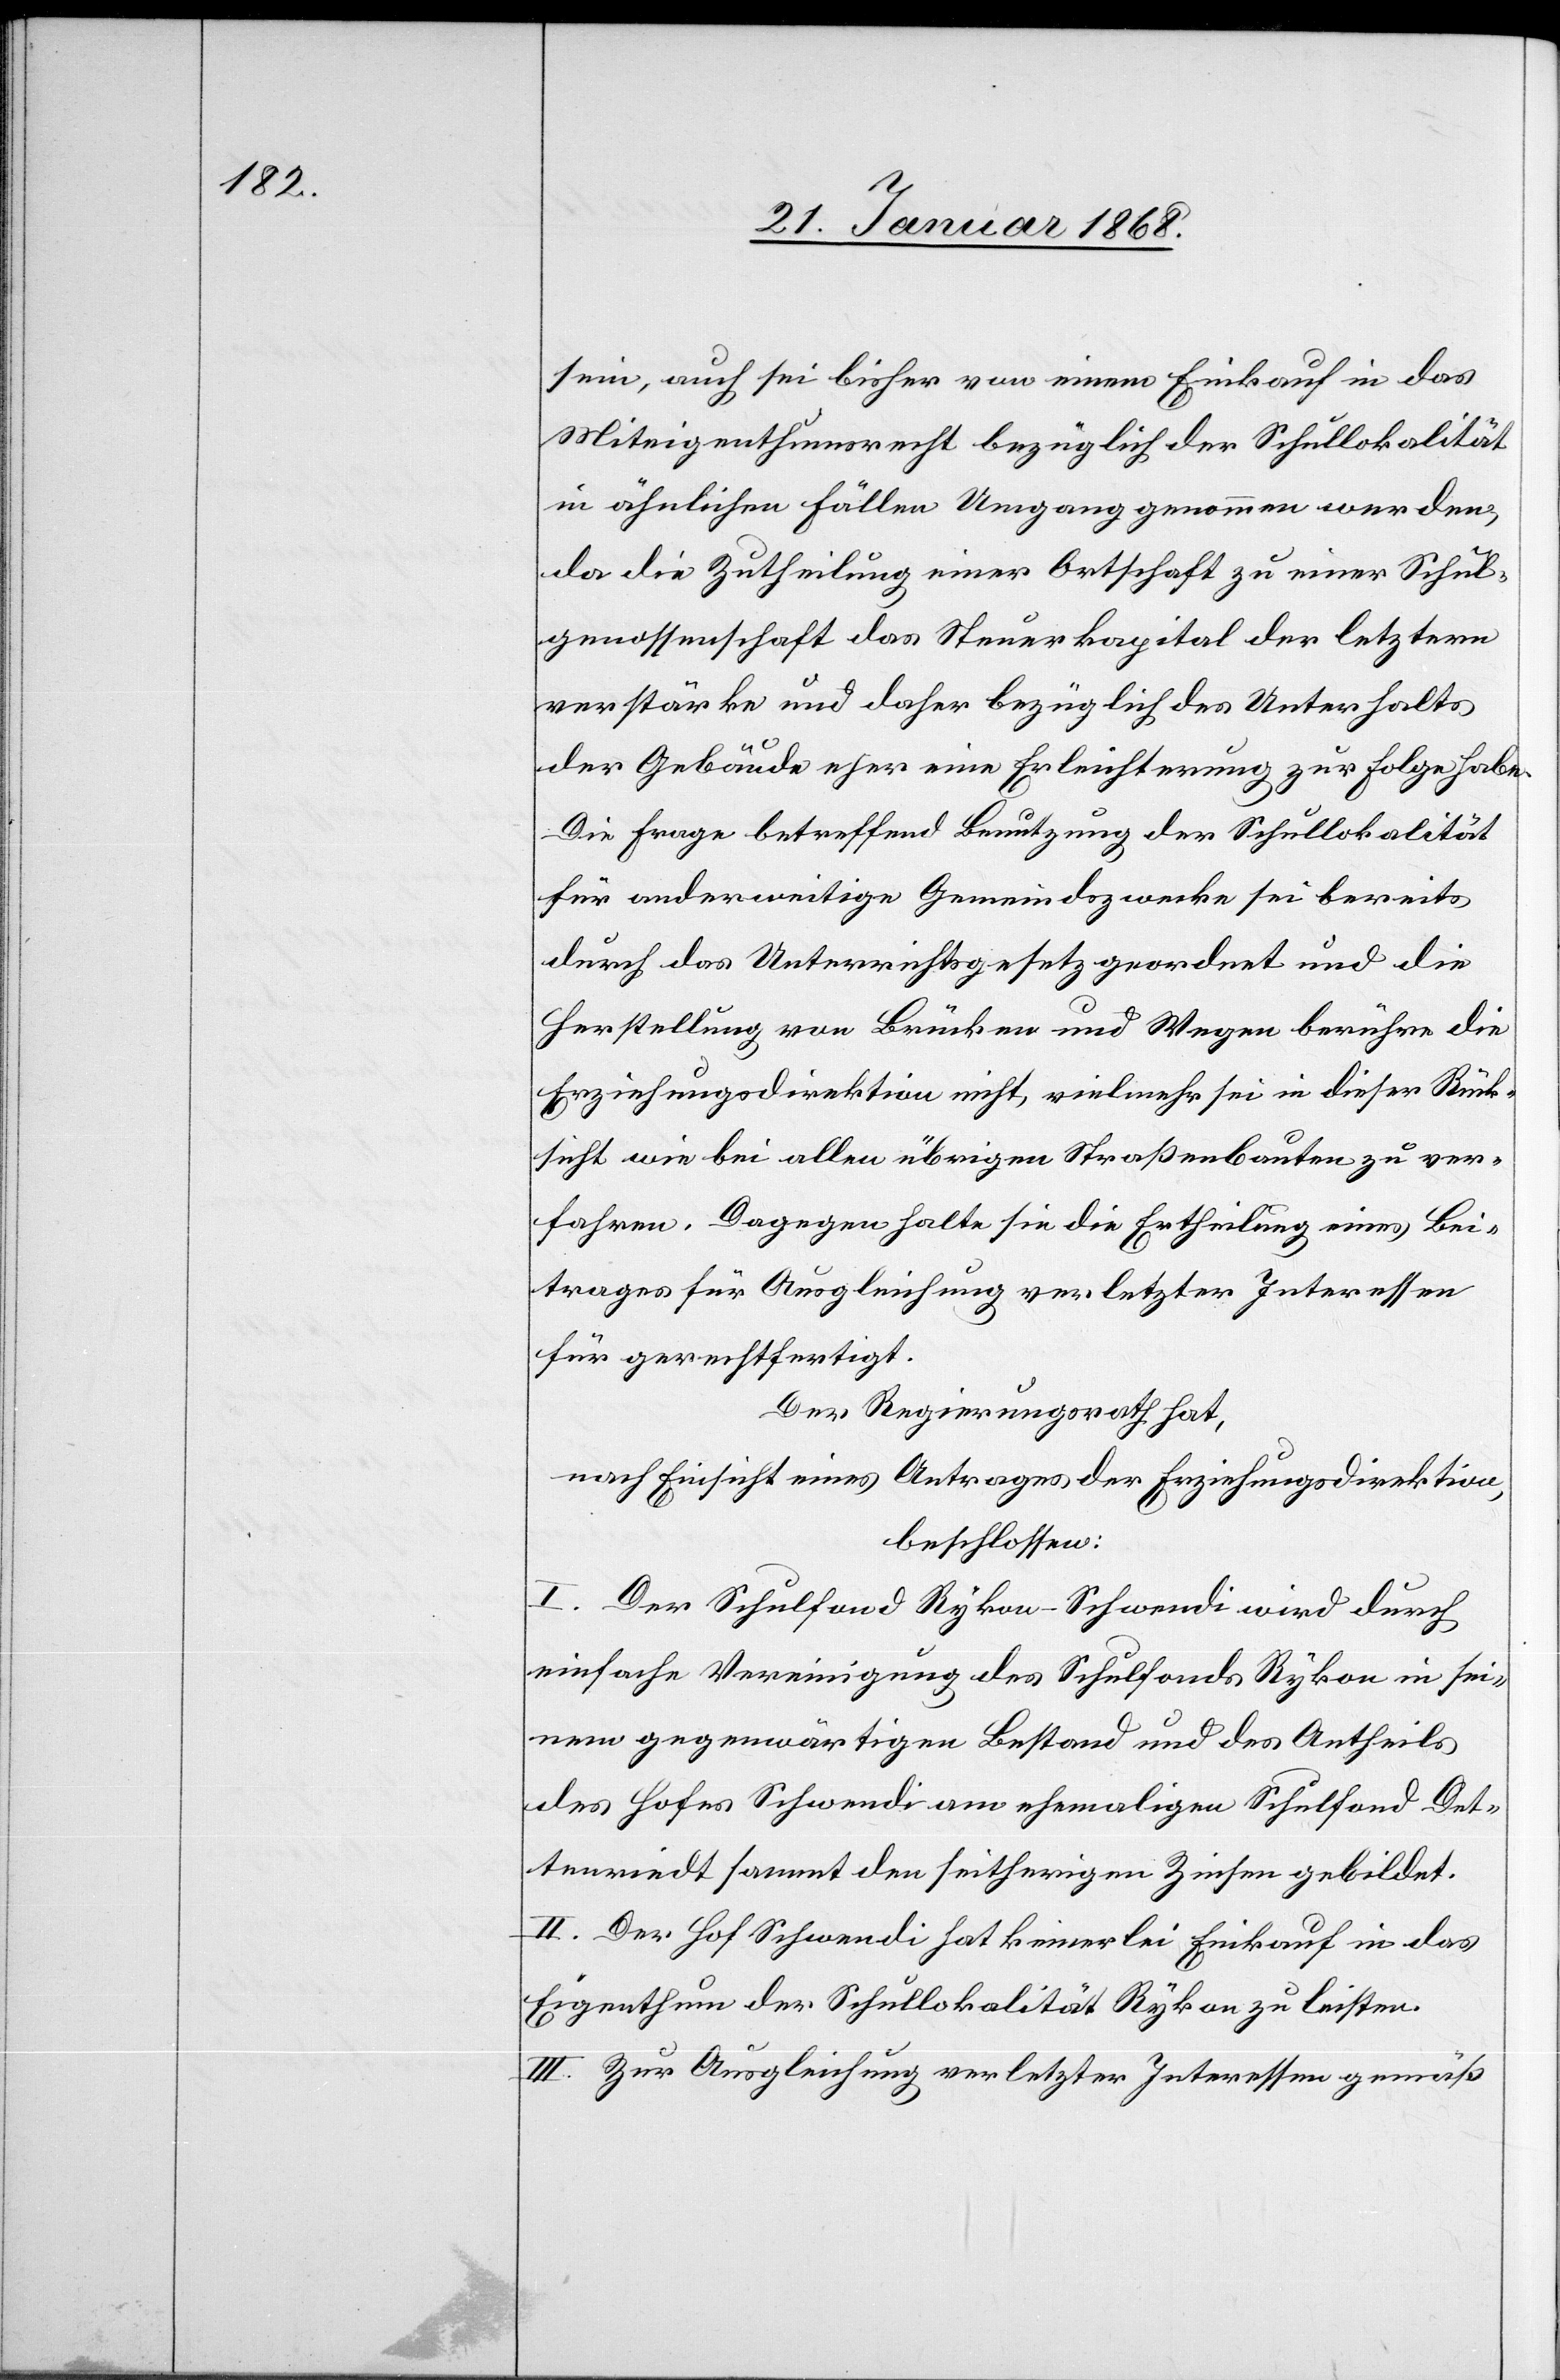
sein, auch sei bisher von einem Einkauf in das
Miteigenthumsrecht bezüglich der Schullokalität
in ähnlichen Fällen Umgang genommen werden
da die Zutheilung einer Ortschaft zu einer Schul¬
genossenschaft das Steuerkapital der letztern
verstärke und daher bezüglich des Unterhalts
der Gebäude eher eine Erleichterung zur Folge habe.
Die Frage betreffend Benutzung der Schullokalität
für anderweitige Gemeindszwecke sei bereits
durch das Unterrichtsgesetz geordnet und die
Herstellung von Brücken und Wegen berühre die
Erziehungsdirektion nicht, vielmehr sei in dieser Rück¬
sicht wie bei allen übrigen Straßenbauten zu ver¬
fahren. Dagegen halte sie die Ertheilung eines Bei¬
trages für Ausgleichung verletzter Interessen
für gerechtfertigt.
Der Regierungsrath hat,
nach Einsicht eines Antrages der Erziehungsdirektion,
beschlossen:
I. Der Schulfond Rykon-Schwendi wird durch
einfache Vereinigung des Schulfonds Rykon in sei¬
nem gegenwärtigen Bestand und des Antheils
des Hofes Schwendi am ehemaligen Schulfond Det¬
tenriedt sammt den seitherigen Zinsen gebildet.
II. Der Hof Schwendi hat keinerlei Einkauf in das
Eigenthum der Schullokalität Rykon zu leisten.
III. Zur Ausgleichung verletzter Interessen gemäß